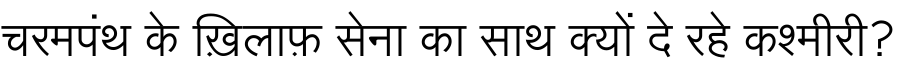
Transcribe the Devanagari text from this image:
चरमपंथ के ख़िलाफ़ सेना का साथ क्यों दे रहे कश्मीरी?